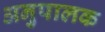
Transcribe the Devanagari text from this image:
अनुपालक